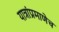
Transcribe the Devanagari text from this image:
यात्रांप्रमाणेच